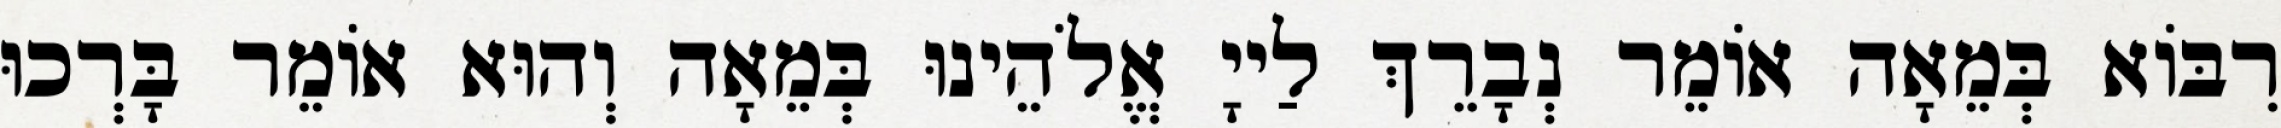
רִבּוֹא בְּמֵאָה אוֹמֵר נְבָרֵךְ לַייָ אֱלֹהֵינוּ בְּמֵאָה וְהוּא אוֹמֵר בָּרְכוּ